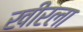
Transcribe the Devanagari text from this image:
खीरला